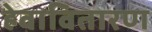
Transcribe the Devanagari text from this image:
हेवावितारण